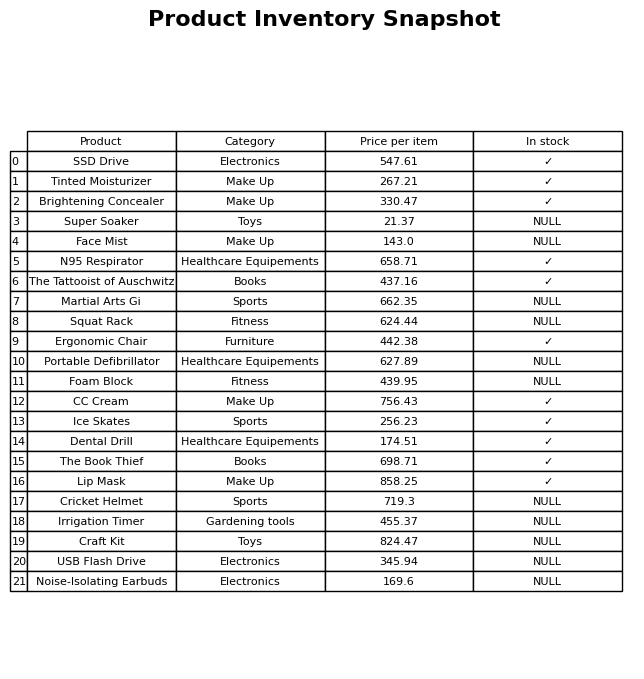
question: What is the stock status of the CC Cream?
answer: ✓